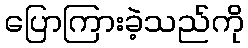
ပြောကြားခဲ့သည်ကို